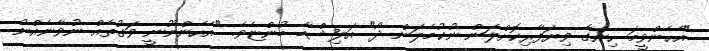
"އެހެންވީމަ ހިނގާ ވިޔަފާރިކޮށްލަން ނުކުމެލަން ދޯ" އަލިޝްބާ ބުންޏެވެ. "އެހެންނޫނީ ވަގުތެއް ނުވާނެއްނު